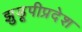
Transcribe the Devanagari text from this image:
झुडूपीप्रदेश